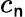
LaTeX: c_{\mathsf{n}}